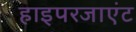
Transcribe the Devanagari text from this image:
हाइपरजाएंट